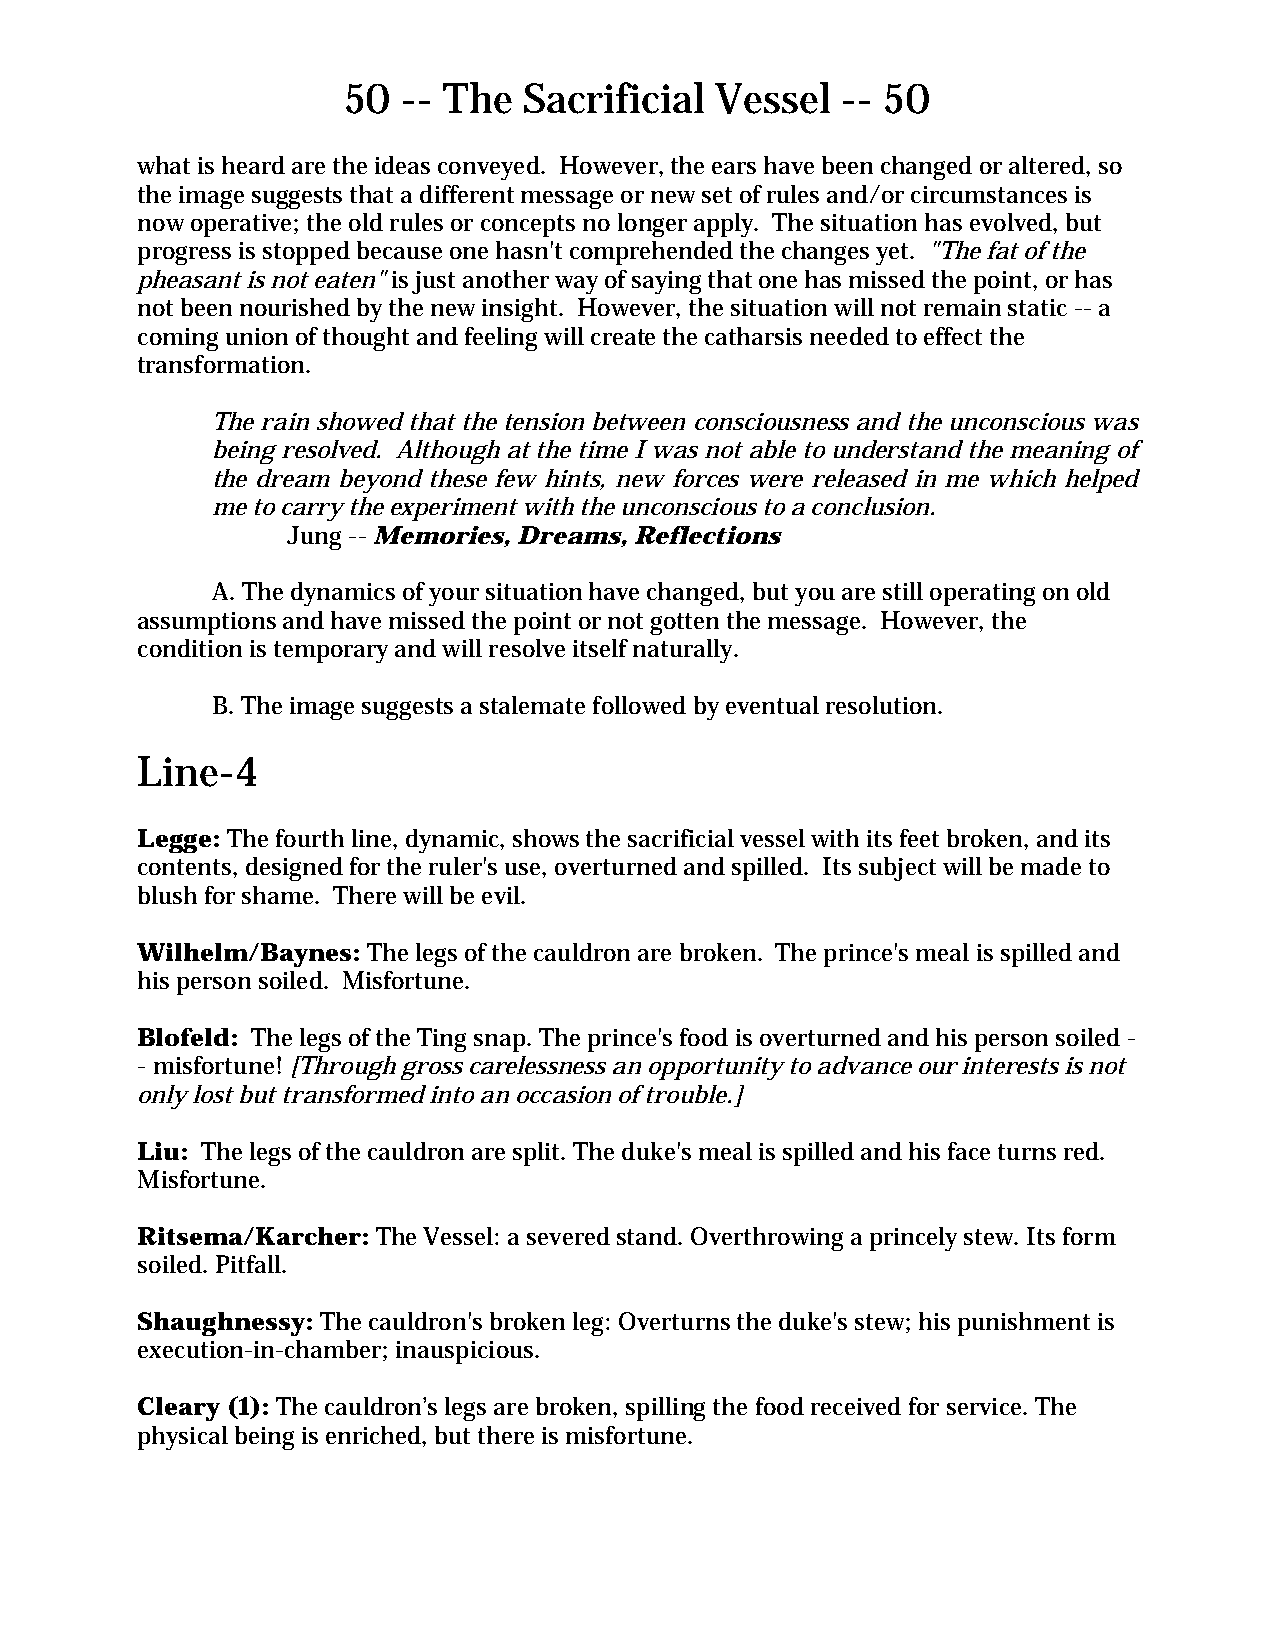
50  -- The  Sacrificial Vessel   -- 50
 what is heard are the ideas conveyed. However, the ears have been changed or altered, so
 the image suggests that a different message or new set of rules and/or circumstances is
 now operative; the old rules or concepts no longer apply. The situation has evolved, but
 progress is stopped because one hasn't comprehended the changes yet. "The fat of the
 pheasant is not eaten" is just another way of saying that one has missed the point, or has
 not been nourished by the new insight. However, the situation will not remain static -- a
 coming union of thought and feeling will create the catharsis needed to effect the
 transformation.
 The rain showed that the tension between consciousness and the unconscious was
 being resolved. Although at the time I was not able to understand the meaning of
 the dream beyond these few hints, new forces were released in me which helped
 me to carry the experiment with the unconscious to a conclusion.
 Jung -- Memories, Dreams, Reflections
 A. The dynamics of your situation have changed, but you are still operating on old
 assumptions and have missed the point or not gotten the message. However, the
 condition is temporary and will resolve itself naturally.
 B. The image suggests a stalemate followed by eventual resolution.
 Line-4
 Legge: The fourth line, dynamic, shows the sacrificial vessel with its feet broken, and its
 contents, designed for the ruler's use, overturned and spilled. Its subject will be made to
 blush for shame. There will be evil.
 Wilhelm/Baynes: The legs of the cauldron are broken. The prince's meal is spilled and
 his person soiled. Misfortune.
 Blofeld: The legs of the Ting snap. The prince's food is overturned and his person soiled -
 - misfortune! [Through gross carelessness an opportunity to advance our interests is not
 only lost but transformed into an occasion of trouble.]
 Liu: The legs of the cauldron are split. The duke's meal is spilled and his face turns red.
 Misfortune.
 Ritsema/Karcher: The Vessel: a severed stand. Overthrowing a princely stew. Its form
 soiled. Pitfall.
 Shaughnessy: The cauldron's broken leg: Overturns the duke's stew; his punishment is
 execution-in-chamber; inauspicious.
 Cleary (1): The cauldron’s legs are broken, spilling the food received for service. The
 physical being is enriched, but there is misfortune.